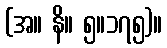
(အ။ နိ။ ၅။၁၇၅)။